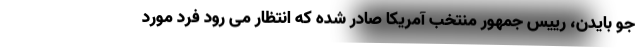
جو بایدن، رییس جمهور منتخب آمریکا صادر شده که انتظار می رود فرد مورد